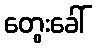
တွေးခေါ်